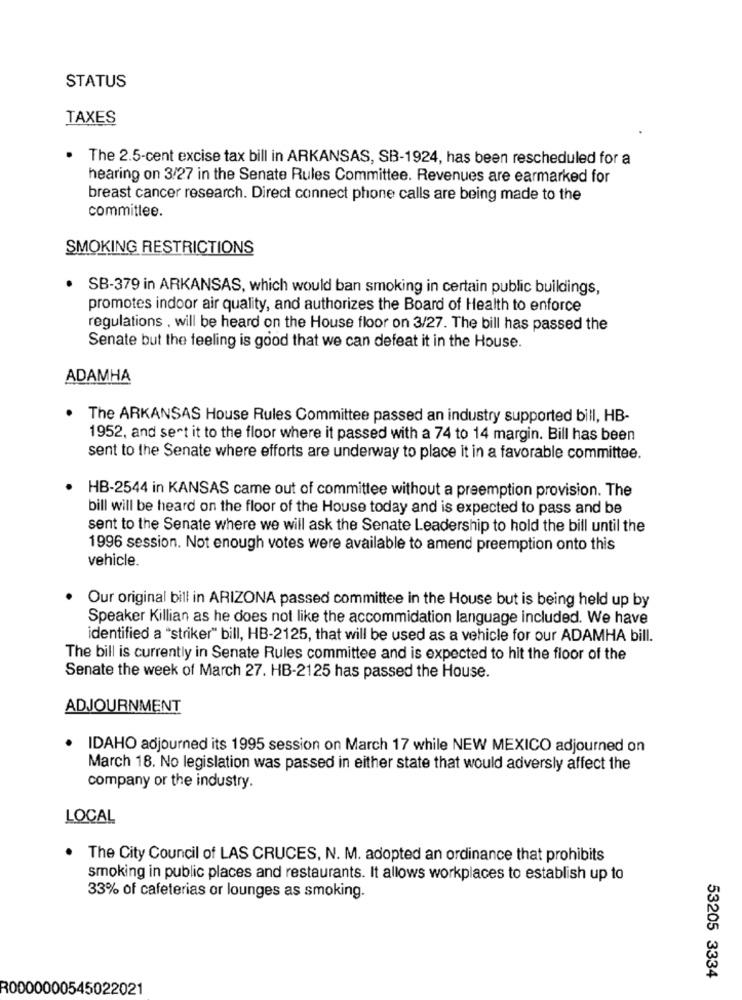
STATUS
TAXES
The 2.5-cent excise tax bill in ARKANSAS, SB-1924, has been rescheduled for a
hearing on 3/27 in the Senate Rules Committee. Revenues are earmarked for
breast cancer research. Direct connect phone calls are being made to the
committee.
SMOKING RESTRICTIONS
.
SB-379 in ARKANSAS, which would ban smoking in certain public buildings,
promotes indoor air quality, and authorizes the Board of Health to enforce
regulations . will be heard on the House floor on 3/27. The bill has passed the
Senate but the feeling is good that we can defeat it in the House.
ADAMHA
The ARKANSAS House Rules Committee passed an industry supported bill, HB-
1952, and sent it to the floor where it passed with a 74 to 14 margin. Bill has been
sent to the Senate where efforts are underway to place it in a favorable committee.
HB-2544 in KANSAS came out of committee without a preemption provision. The
bill will be heard on the floor of the House today and is expected to pass and be
sent to the Senate where we will ask the Senate Leadership to hold the bill until the
1996 session. Not enough votes were available to amend preemption onto this
vehicle.
. Our original bill in ARIZONA passed committee in the House but is being held up by
Speaker Killian as he does not like the accommidation language included. We have
identified a "striker" bill, HB-2125, that will be used as a vehicle for our ADAMHA bill.
The bill is currently in Senate Rules committee and is expected to hit the floor of the
Senate the week of March 27. HB-2125 has passed the House.
ADJOURNMENT
IDAHO adjourned its 1995 session on March 17 while NEW MEXICO adjourned on
March 18. No legislation was passed in either state that would adversly affect the
company or the industry.
LOCAL
The City Council of LAS CRUCES, N. M. adopted an ordinance that prohibits
smoking in public places and restaurants. It allows workplaces to establish up to
33% of cafeterias or lounges as smoking.
53205 3334
R0000000545022021